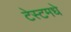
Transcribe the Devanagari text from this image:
टेस्टमधे